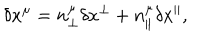
LaTeX: \delta x ^ { \mu } = n _ { \perp } ^ { \mu } \delta x ^ { \perp } + n _ { \parallel } ^ { \mu } \delta x ^ { \parallel } ,